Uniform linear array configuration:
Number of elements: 8
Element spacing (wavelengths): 0.5
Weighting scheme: binomial
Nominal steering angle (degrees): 60
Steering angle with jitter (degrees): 58.769
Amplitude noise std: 0.05
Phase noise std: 0.05

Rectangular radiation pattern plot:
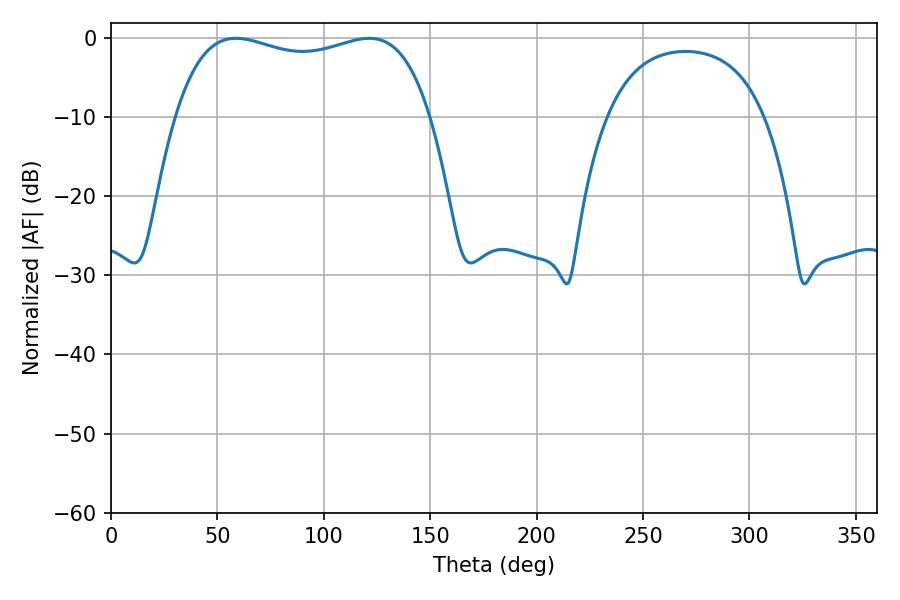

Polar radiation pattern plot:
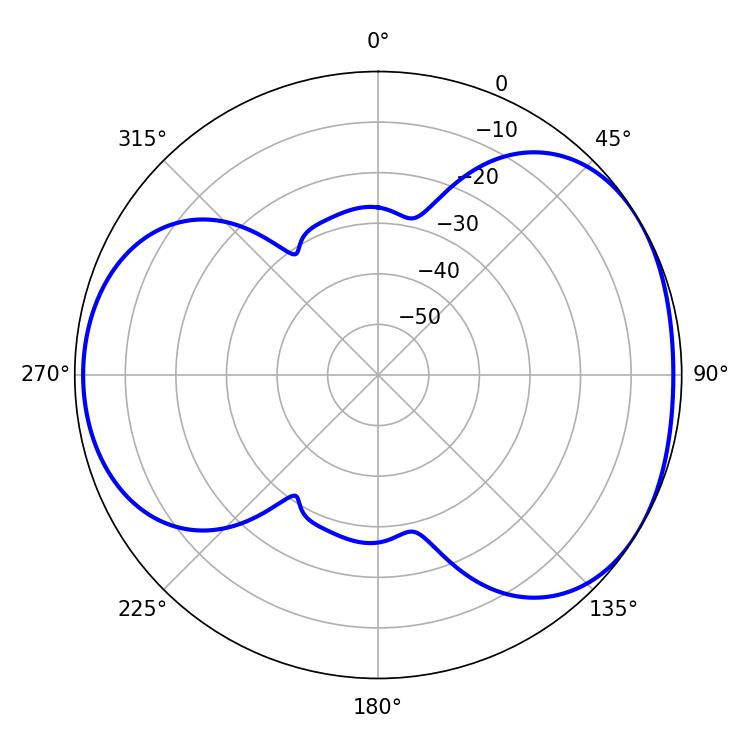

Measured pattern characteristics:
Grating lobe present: FALSE
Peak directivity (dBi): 4.319
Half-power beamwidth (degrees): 97.56
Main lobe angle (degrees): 58.68